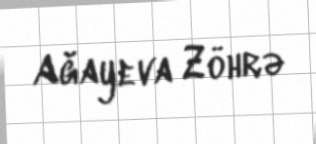
Ağayeva Zöhrə